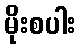
မိုးစပါး